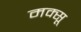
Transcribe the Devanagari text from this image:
मक्सू